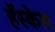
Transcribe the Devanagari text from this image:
हॅस्केल